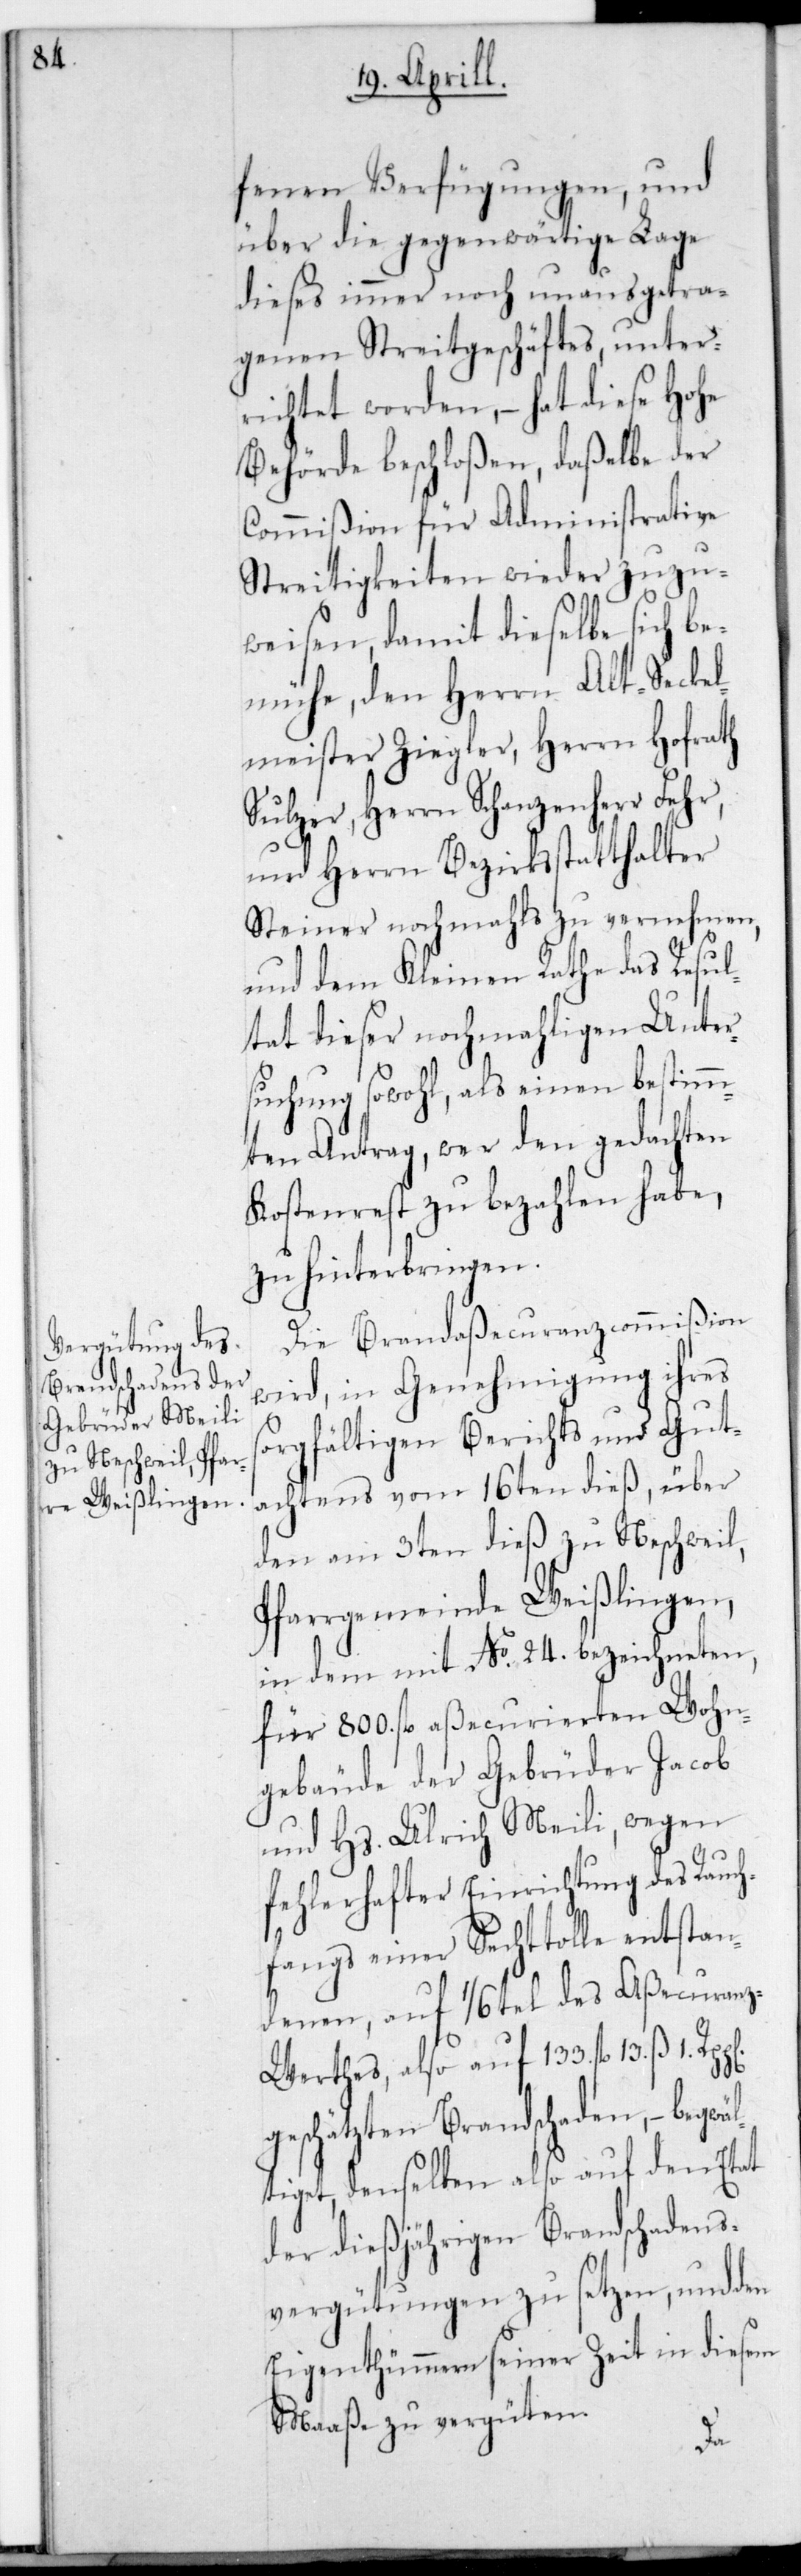
fenen Verfügungen, und
über die gegenwärtige Lage
dieses immer noch unausgetra¬
genen Streitgeschäftes, unter¬
richtet worden, – hat diese Hohe
Behörde beschloßen, daßelbe der
Commißion für Administrative
Streitigkeiten wieder zuzu¬
äl¬
weisen, damit dieselbe sich be¬
mühe, den Herrn Alt-Secke¬
lmeister Ziegler, Herrn Hofrath
Sulzer, Herrn Schanzenherr Fehr,
und Herrn Bezirksstatthalter
Steiner nochmals zu vernehmen,
und dem Kleinen Rathe das Resul¬
tat dieser nochmaligen Unter¬
suchung sowohl, als einen bestimm¬
ten Antrag, wer den gedachten
Kostenrest zu bezahlen habe,
zu hinterbringen.
Die Brandaßecuranz-Commißion
wird, in Genehmigung ihres
orgfältigen Berichts und Gut¬
achtens vom 16ten dieß, über
den am 3ten dieß zu Neschweil,
Pfarrgemeinde Weißlingen,
in dem mit No. 24. bezeichneten,
für 800. fl. aßecurierten Wohn¬
gebäude der Gebrüder Jacob
und Hs. Ulrich Meili, wegen
fehlerhafter Einrichtung des Rauch¬
fangs einer Sechttolle entstan¬
denen, auf 1/6tel des Aßecuran¬
z-Werthes, also auf 133. fl.
geschätzten Brandschaden, – begw¬
tiget, denselben also auf den Etat
der diesjährigen Brandschadens¬
vergütungen zu setzen, und den
Eigenthümeren seiner Zeit in diesem
Maaße zu vergüten.